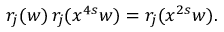
r _ { j } ( w ) \, r _ { j } ( x ^ { 4 s } w ) = r _ { j } ( x ^ { 2 s } w ) .